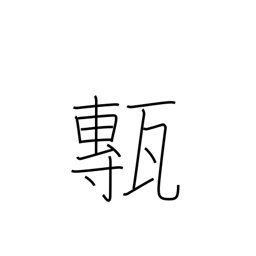
Meaning: floor tiles